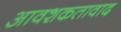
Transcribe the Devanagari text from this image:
आवशकतावाद